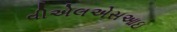
વીએલએસઆઇ